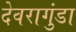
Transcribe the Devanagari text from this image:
देवरागुंडा